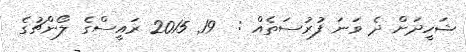
ޝަހީދަށް ދެ ވަނަ ފުރުސަތެއް :  19